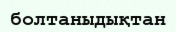
болтаныдықтан